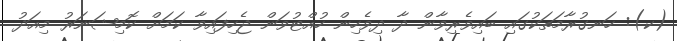
(ކ): ހަނގުރާމަތަކުގައި ބައިވެރިވާން ދާ ދިވެހިން ހުއްޓުވަން ޖެހިފައިވާ ކަމަށް ކޮމިޝަނަރު މިއަދު